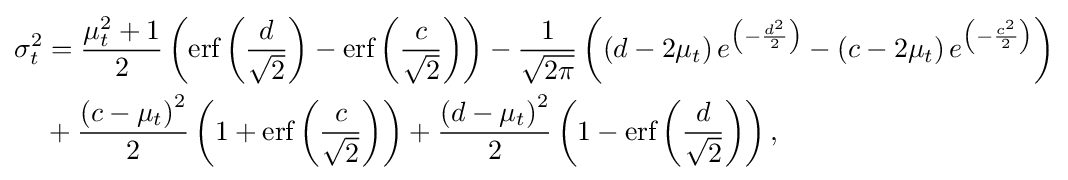
{\begin{aligned}\sigma _{t}^{2}&={\frac {\mu _{t}^{2}+1}{2}}\left({\textrm {erf}}\left({\frac {d}{\sqrt {2}}}\right)-{\textrm {erf}}\left({\frac {c}{\sqrt {2}}}\right)\right)-{\frac {1}{\sqrt {2\pi }}}\left(\left(d-2\mu _{t}\right)e^{\left(-{\frac {d^{2}}{2}}\right)}-\left(c-2\mu _{t}\right)e^{\left(-{\frac {c^{2}}{2}}\right)}\right)\\&+{\frac {\left(c-\mu _{t}\right)^{2}}{2}}\left(1+{\textrm {erf}}\left({\frac {c}{\sqrt {2}}}\right)\right)+{\frac {\left(d-\mu _{t}\right)^{2}}{2}}\left(1-{\textrm {erf}}\left({\frac {d}{\sqrt {2}}}\right)\right),\end{aligned}}